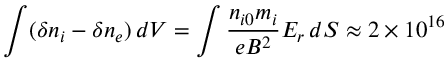
\int ( \delta n _ { i } - \delta n _ { e } ) \, d V = \int \frac { n _ { i 0 } m _ { i } } { e B ^ { 2 } } E _ { r } \, d S \approx 2 \times 1 0 ^ { 1 6 }